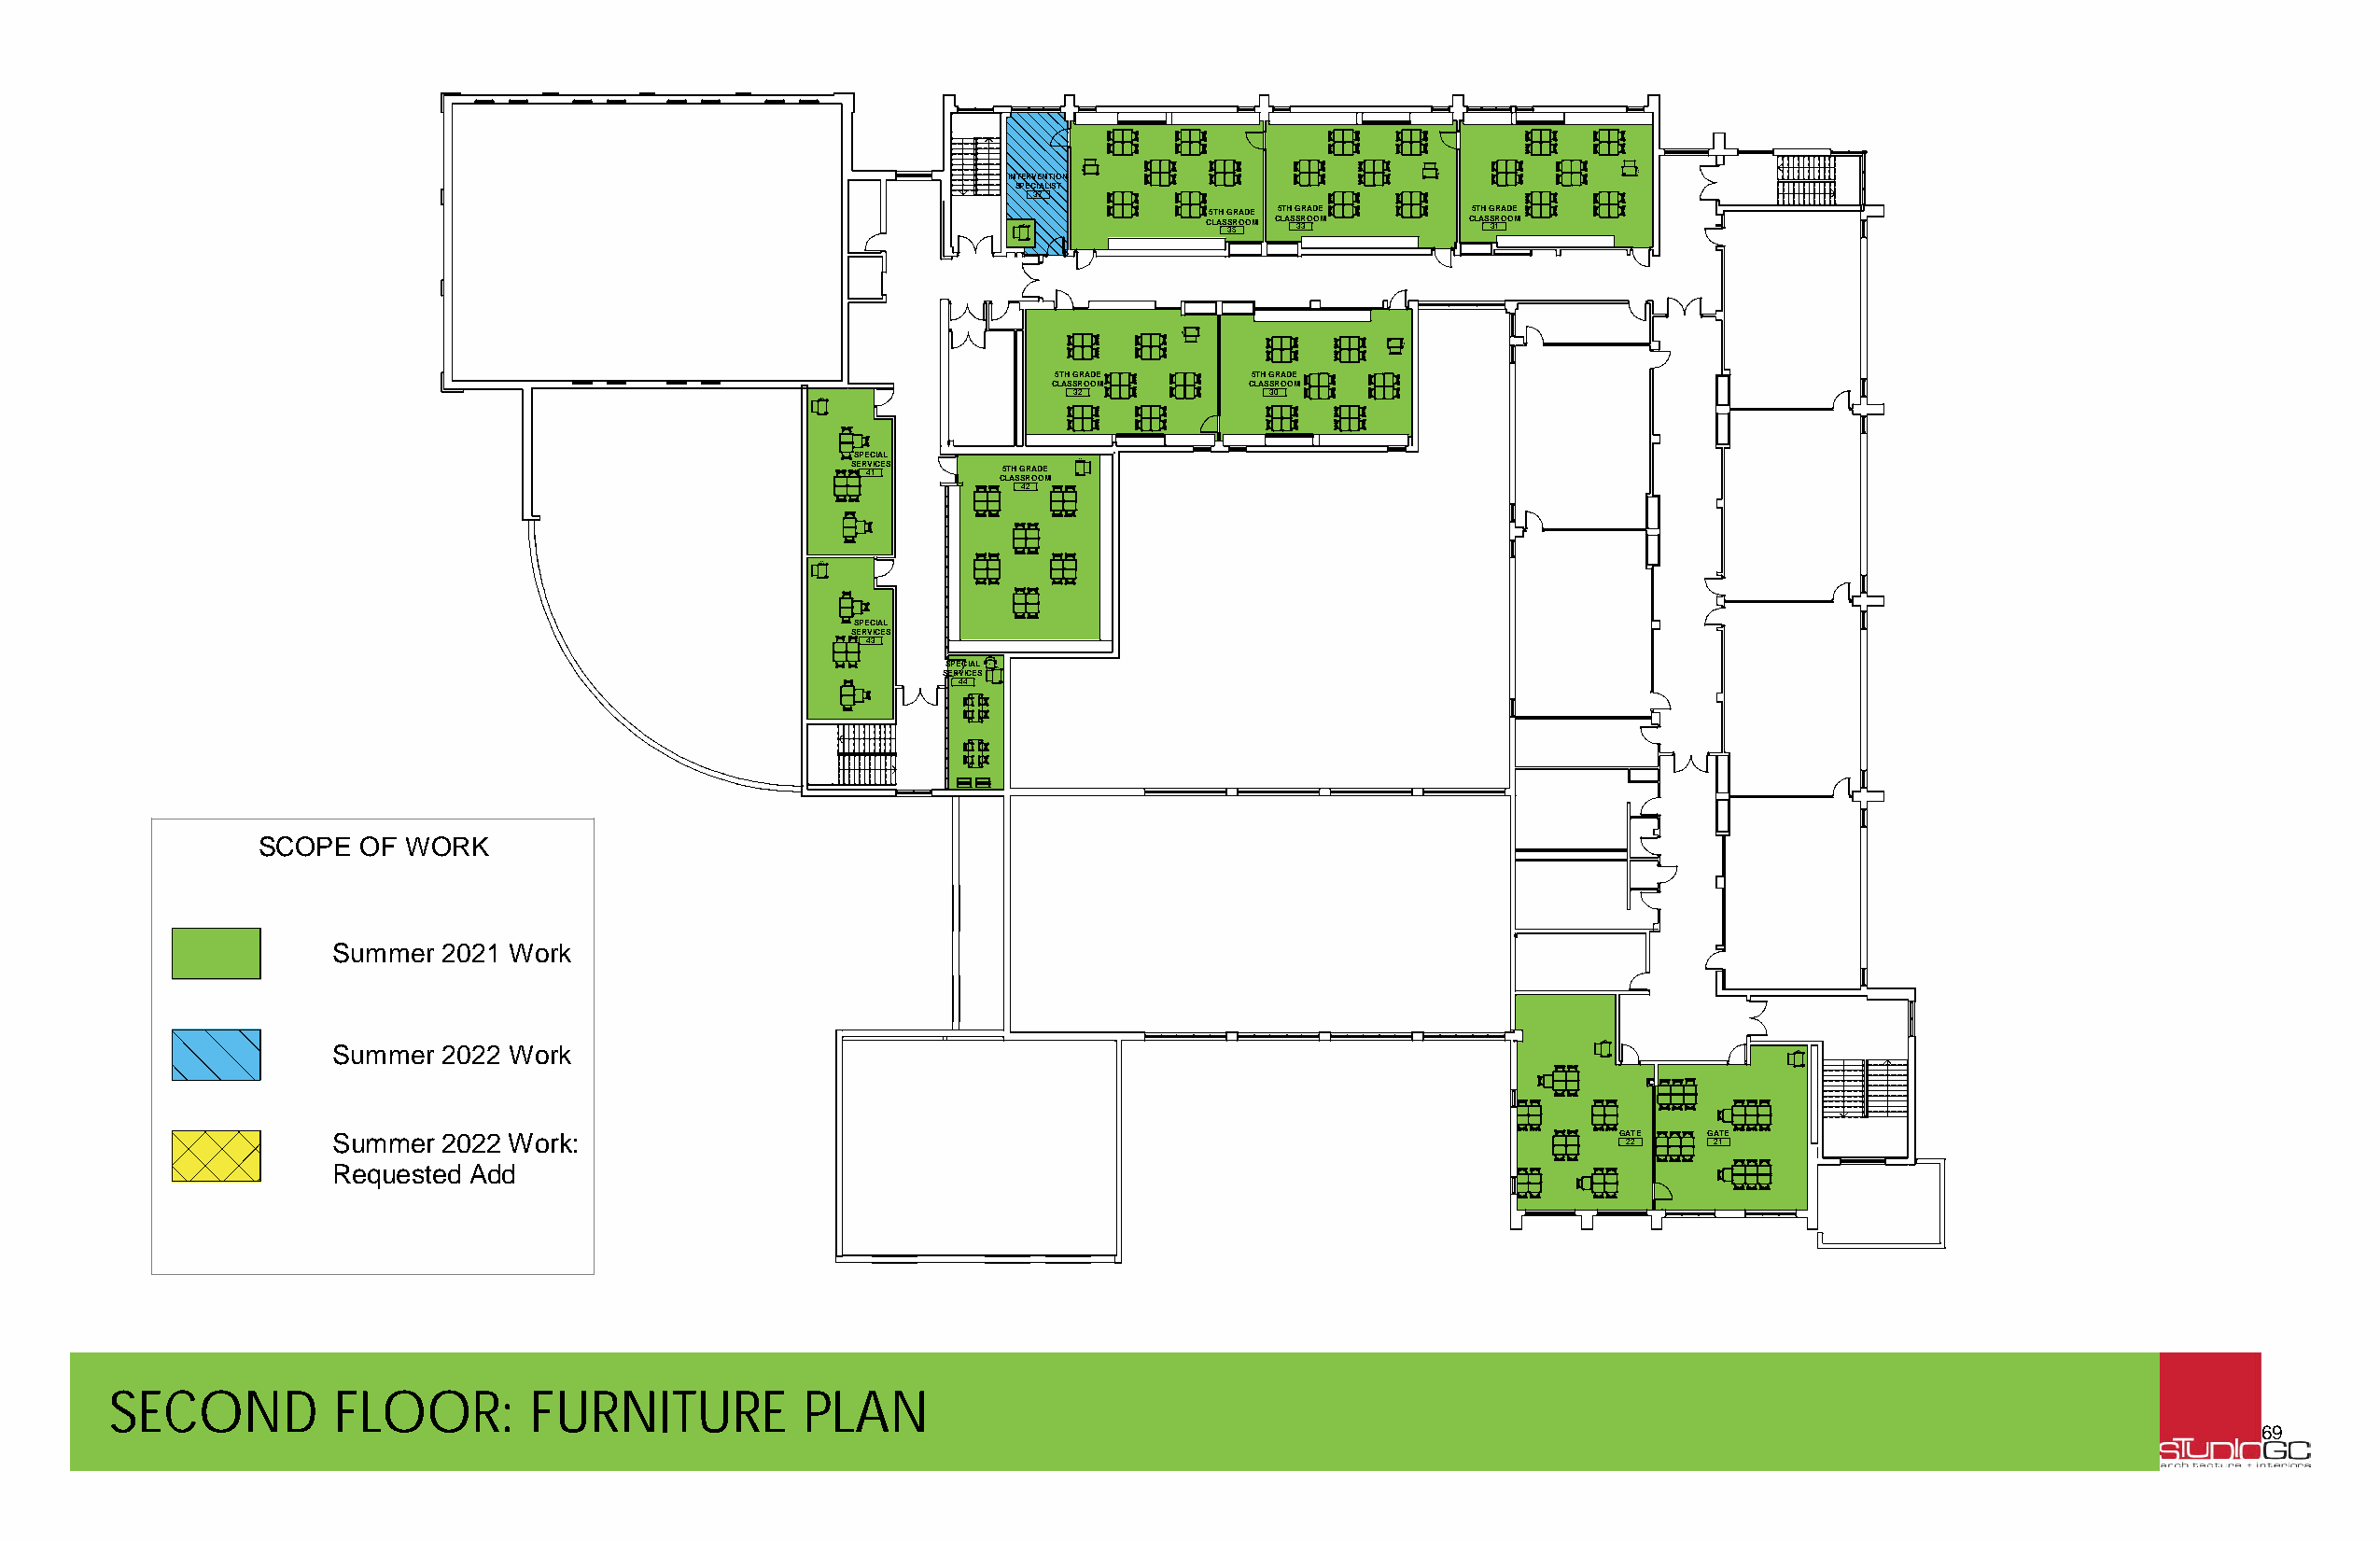
INTERVENTION B-M4C218P        2841PC-BM     2184PC-BM
 SPECIALIST
 37
 5TH GRADE 5TH GRADE 5TH GRADE
 24B81MC-P     CLASS 35ROOM CLASS 33ROOM CLASS 31ROOM
 B-M2841CP
 2841PC-BM
 5TH GRADE     5TH GRADE
 CLASSROOM     CLASSROOM
 32            30
 24B81MC-P
 SPECIAL
 SER 4V 1ICES 5TH GRADE 24B81MC-P
 CLASSROOM
 42
 24B81MC-P
 SPECIAL
 SERVICES
 43
 SS EP RE VC ICIA EL S 24B81MC-P
 44
 SCOPE  OF  WORK
 Summer 2021 Work
 Summer 2022 Work                                                                          24B81MC-P
 24B81MC-P
 Summer 2022 Work:                                                                          GATE  GATE
 22     21
 Requested Add
 SECOND          FLOOR:        FURNITURE          PLAN
 69